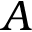
A